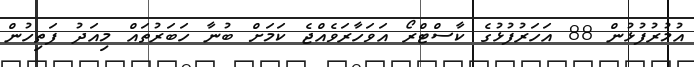
އުމުރުފުޅުން 88 އަަހަރުފުޅުގެ ކާސްޓްރޯ އަވަހާރަވެއްޖެ ކަމަށް ބުނާ ހަބަރުތައް މިއަދު ފަތިހުން